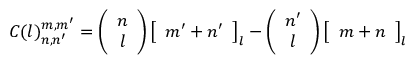
C ( l ) _ { n , n ^ { \prime } } ^ { m , m ^ { \prime } } = \left( \begin{array} { c c } { { n } } \\ { { l } } \end{array} \right) \left[ \begin{array} { c } { { m ^ { \prime } + n ^ { \prime } } } \end{array} \right] _ { l } - \left( \begin{array} { c c } { { n ^ { \prime } } } \\ { { l } } \end{array} \right) \left[ \begin{array} { c } { { m + n } } \end{array} \right] _ { l }